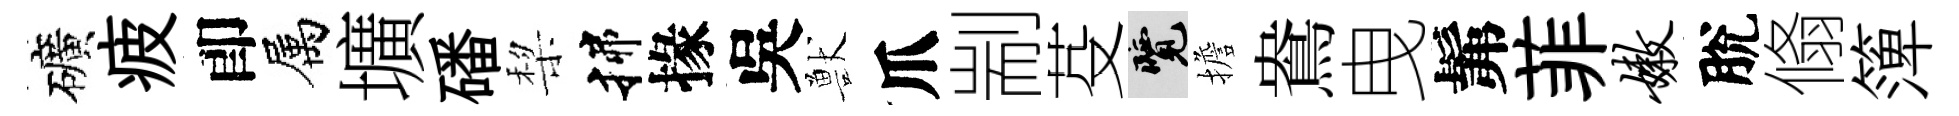
礦疲卽属壙磻棃揲掾吳獸爪剬芟覽擔鴦曳髴菲嫩脫翛𥱼